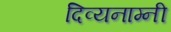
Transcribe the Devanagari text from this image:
दिव्यनाम्नी